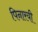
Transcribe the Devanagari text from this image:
पिनारयी